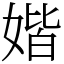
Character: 媘